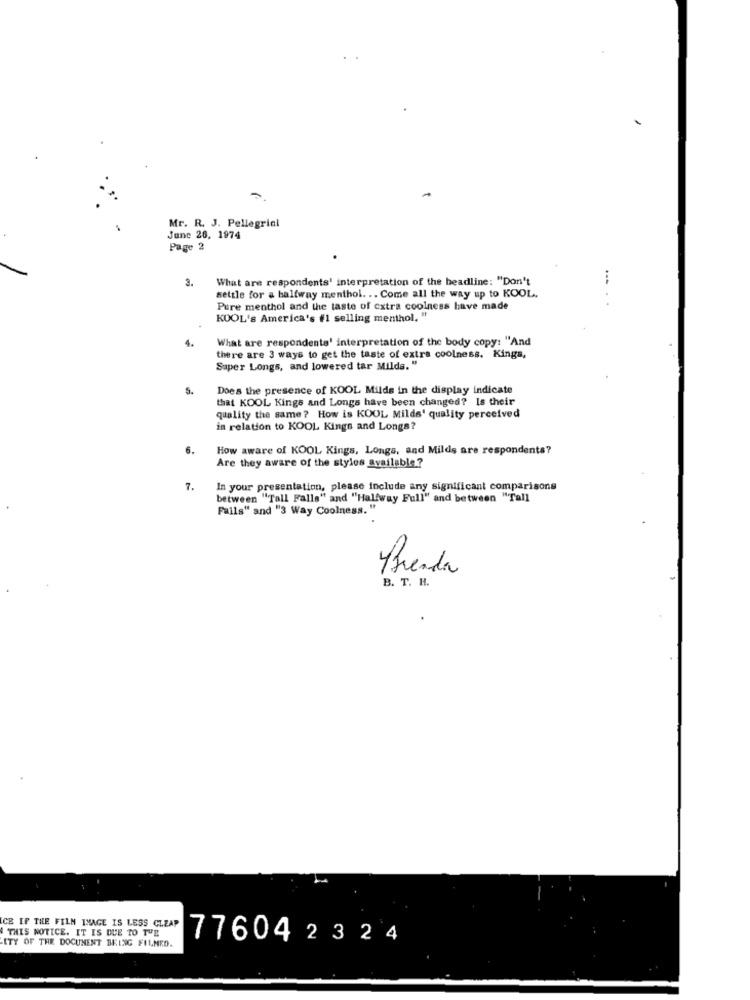
-
Mr. R. J. Pellegrini
June 26, 1974
Page 2
3.
What are respondents' interpretation of the headline: "Don't
settle for a halfway menthol. .. Come all the way up to KOOL.
Pure menthol and the taste of extra coolness have made
KOOL's America's #1 selling menthol, "
4.
What are respondents' interpretation of the body copy: "And
there are 3 ways to get the taste of extra coolness. Kings,
Super Longs, and lowered tar Milds. "
5.
Does the presence of KOOL Milds in the display indicate
that KOOL Kings and Longs have been changed? Is their
quality the same ? How is KOOL Milds' quality perceived
in relation to KOOL Kings and Longs?
6.
How aware of KOOL Kings, Longs, and Milds are respondents?
Are they aware of the styles available?
7.
In your presentation, please include any significant comparisons
between "Tall Falls" and "Halfway Full" and between "Tall
Fails" and "3 Way Coolness. "
Brenda
B. T. H.
CE IF THE FILM IMAGE IS LESS CLEAP
THIS NOTICE. IT IS DUE TO THE
77604 2324
-ITY OF THE DOCUMENT BEING FILMED.